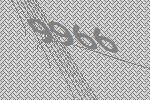
9966